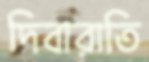
দিবারাতি